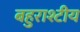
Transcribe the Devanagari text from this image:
बहुराश्टीय